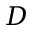
D